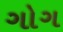
ગોગ